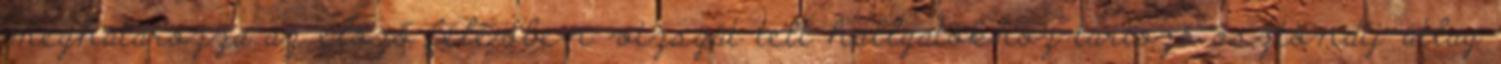
meghatározza az előző félévben vizsgát tett hallgatókhoz tartozó ösztöndíj-átlag